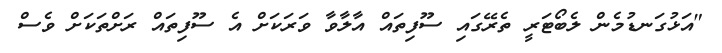
"އަޅުގަނޑުމެން ލެބޯޓަރީ ތެރޭގައި ސޫފިތައް އާލާވާ ވަރަކަށް އެ ސޫފިތައް ރަށްތަކަށް ވެސް